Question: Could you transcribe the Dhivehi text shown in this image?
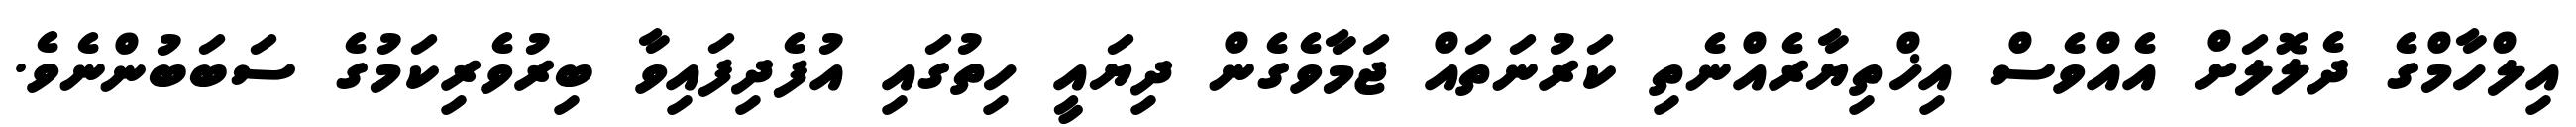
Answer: އިލްހާމްގެ ދެލޮލަށް އެއްވެސް އިޚްތިޔާރެއްނެތި ކަރުނަތައް ޖަމާވެގެން ދިޔައީ ހިތުގައި އުފެދިފައިވާ ބިރުވެރިކަމުގެ ސަބަބުންނެވެ.